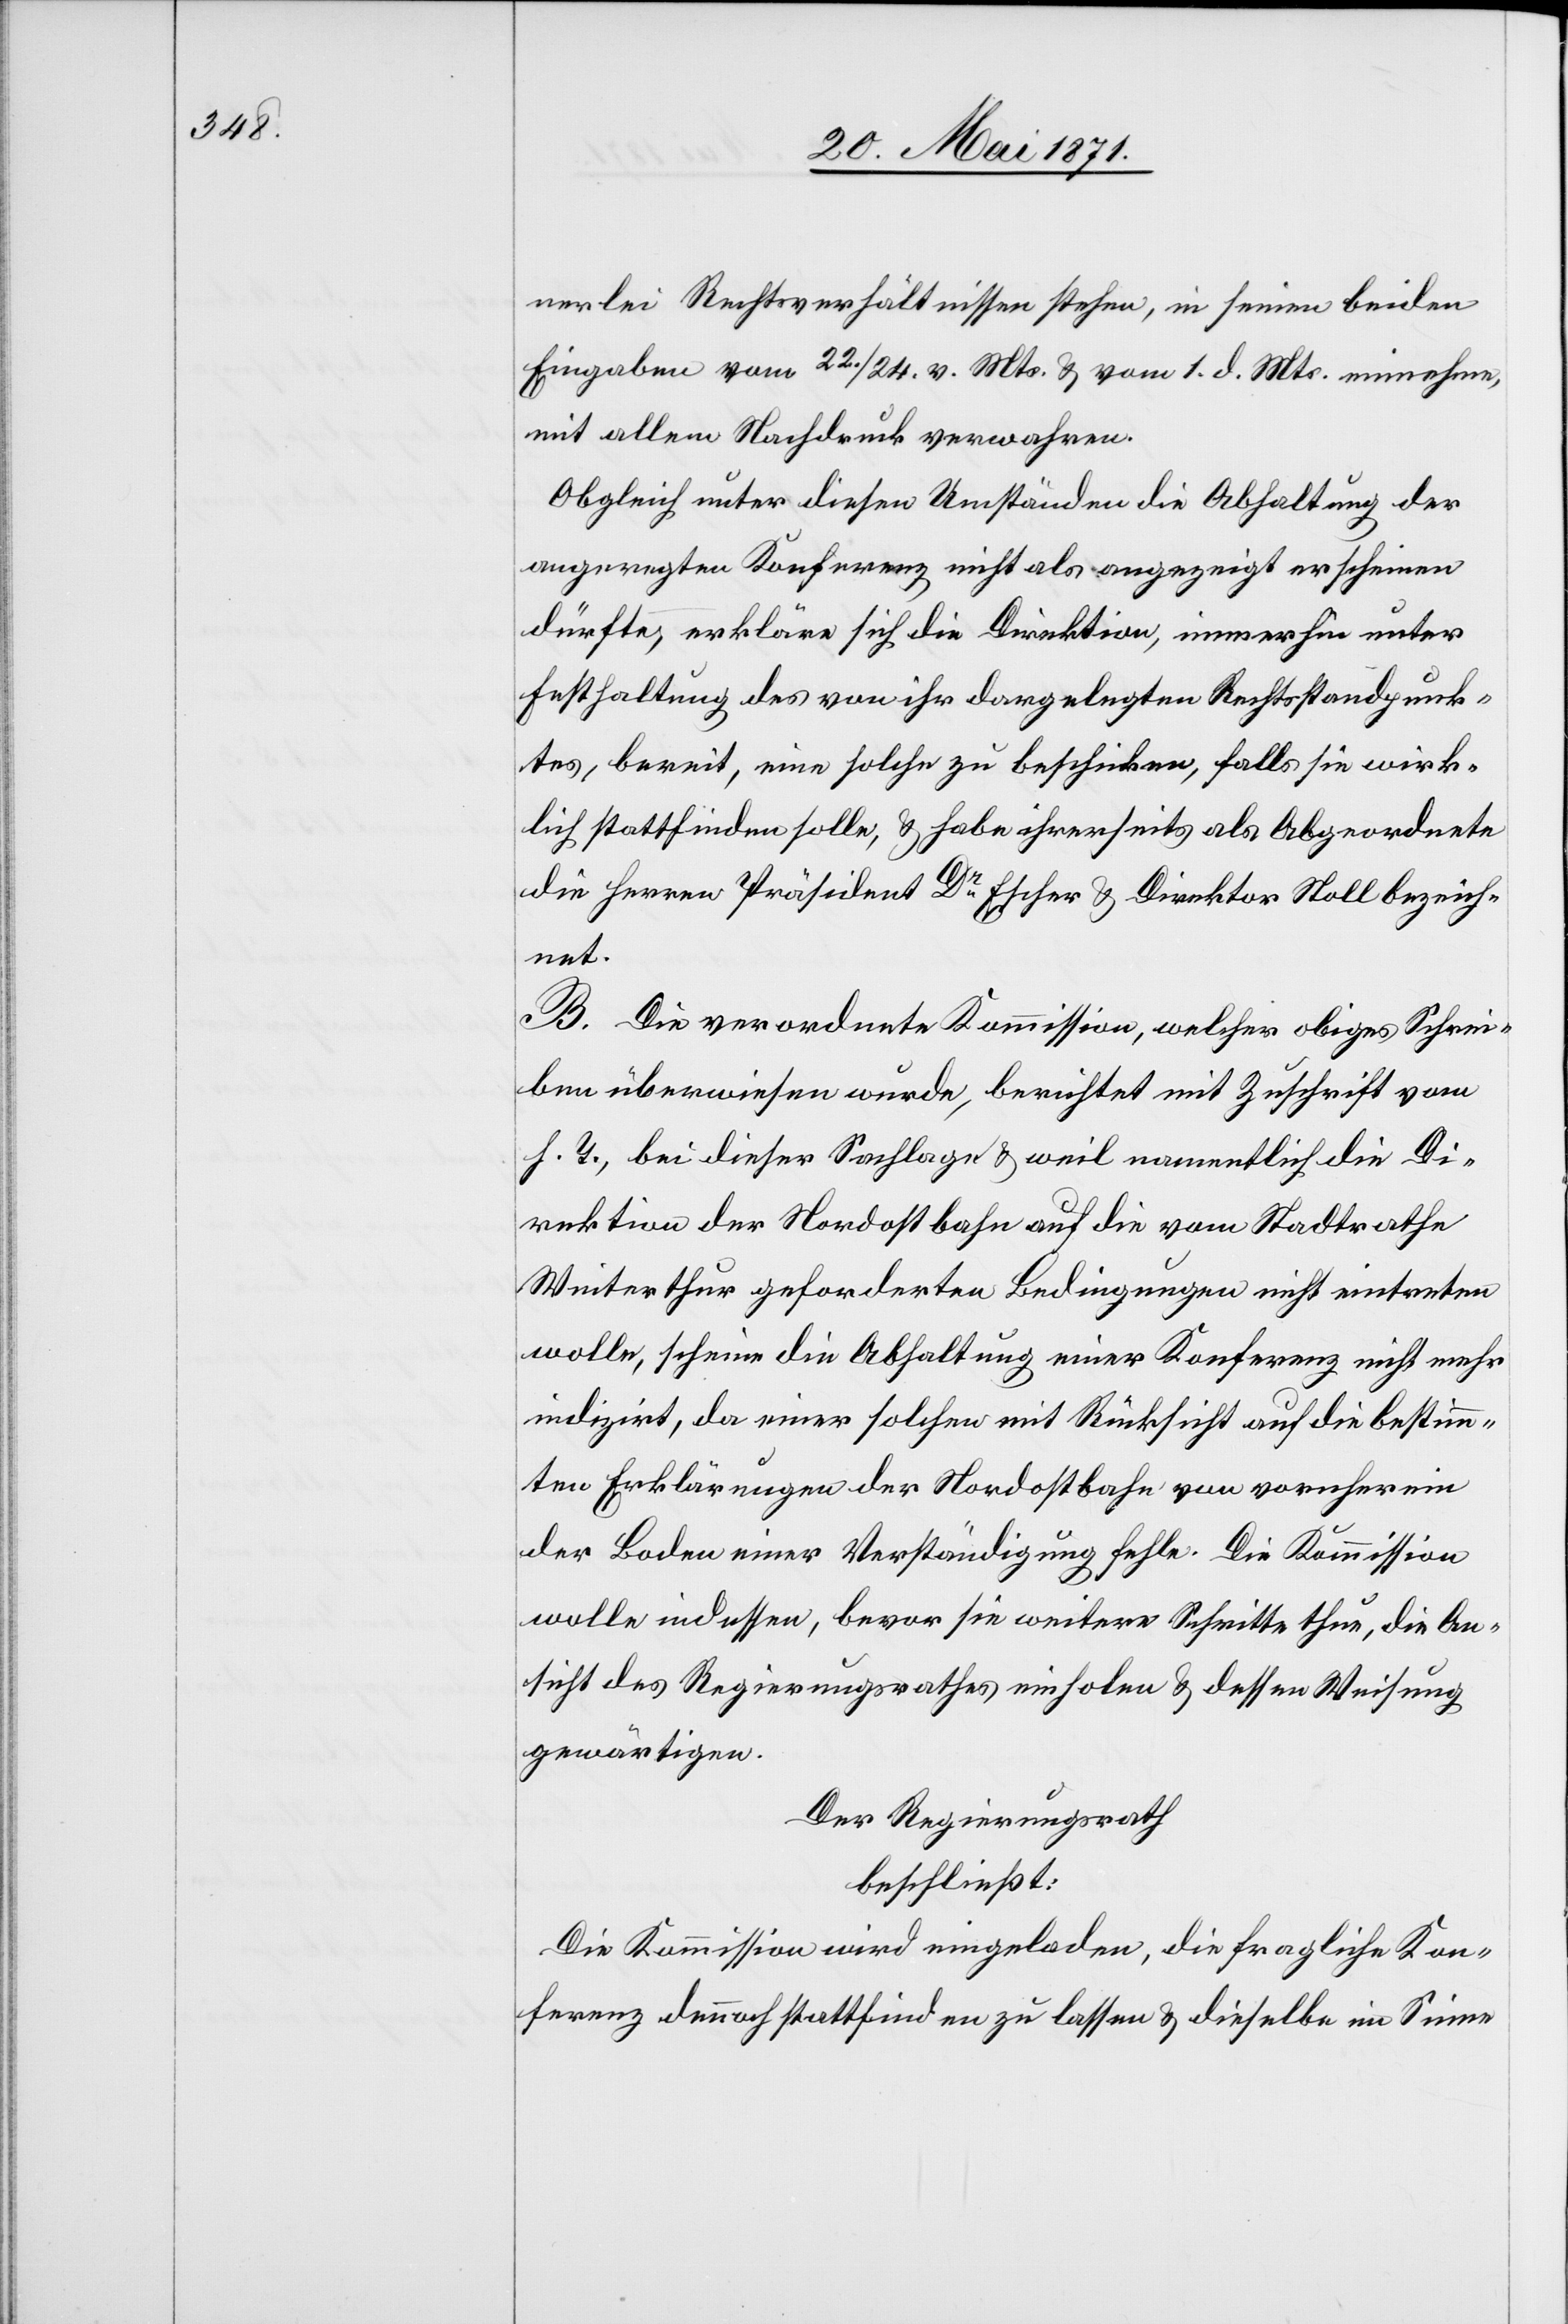
nerlei Rechtsverhältnissen stehen, in seinen beiden
Eingaben vom 22./24. v. Mts. u. vom 1. d. Mts. einnehmen,
mit allem Nachtdruck verwahren.
Obgleich unter diesen Umständen die Abhaltung der
angeregten Konferenz nicht als angezeigt erscheinen
dürfte, erkläre sich die Direktion, immerhin unter
Festhaltung des von ihr dargelegten Rechtsstandpunk¬
tes, bereit, eine solche zu beschicken, falls sie wirk¬
lich stattfinden solle, u. habe ihrerseits als Abgeordnete
die Herren Präsident Dr. Escher u. Direktion Stoll bezeich¬
net.
B. Die verordnete Kommission, welcher obiges Schrei¬
ben überwiesen wurde, berichtet mit Zuschrift vom
h. T., bei dieser Sachlage u. weil namentlich die Di¬
rektion der Nordostbahn auf die vom Stadtrathe
Winterthur geforderten Bedingungen nicht eintreten
wolle, scheine die Abhaltung einer Konferenz nicht mehr
indizirt, da einer solchen mit Rücksicht auf die bestimm¬
ten Erklärungen der Nordostbahn von vornherein
der Boden einer Verständigung fehle. Die Kommission
wolle indessen, bevor sie weitere Schritte thue, die An¬
sicht des Regierungsrathes einholen u. dessen Weisung
gewärtigen.
Der Regierungsrath
beschließt:
Die Kommission wird eingeladen, die fragliche Kon¬
ferenz dennoch stattfinden zu lassen u. dieselbe im Sinne